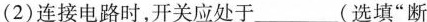
(2)连接电路时，开关应处于___(选填”断